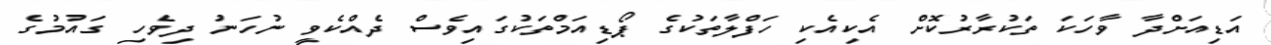
އަޑިއަށްދާ ވާހަކަ ތަކުރާރުކޮށް އެކިއެކި ހަފްލާތަކުގެ ޕޯޑިއަމްތަކުގައިވެސް ދެއްކެވީ ނުހަނު ދިވެހި ގައުމުގެ